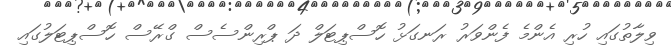
ވިލާތުގައި ހުރި އެންމެ ފެންވަރު ރަނގަޅު ހޮސްޕިޓަލް ދަ ޕްރިންސެސް ގްރޭސް ހޮސްޕިޓަލުގައި